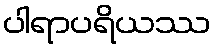
ပါရာပရိယဿ